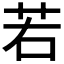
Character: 若